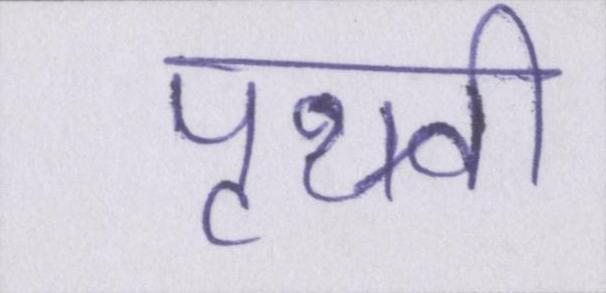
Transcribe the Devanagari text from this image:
पृथ्वी